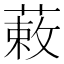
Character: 䔩